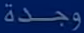
وجدة